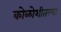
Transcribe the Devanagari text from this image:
कोळोशीतल्या